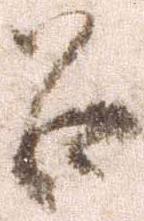
召